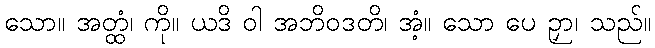
သော။ အတ္ထံ၊ ကို။ ယဒိ ဝါ အဘိဝဒတိ၊ အံ့။ သော ပေ ဉှာ၊ သည်။